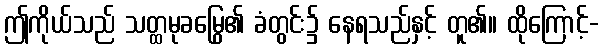
ဤကိုယ်သည် သတ္ထမုခမြွေ၏ ခံတွင်း၌ နေရသည်နှင့် တူ၏။ ထိုကြောင့်-